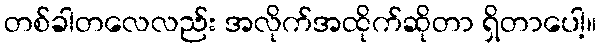
တစ်ခါတလေလည်း အလိုက်အထိုက်ဆိုတာ ရှိတာပေါ့။